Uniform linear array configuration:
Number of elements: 16
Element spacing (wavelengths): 0.75
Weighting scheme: kaiser
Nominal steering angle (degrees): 15
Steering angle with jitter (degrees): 14.226
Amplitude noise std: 0.05
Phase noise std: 0.05

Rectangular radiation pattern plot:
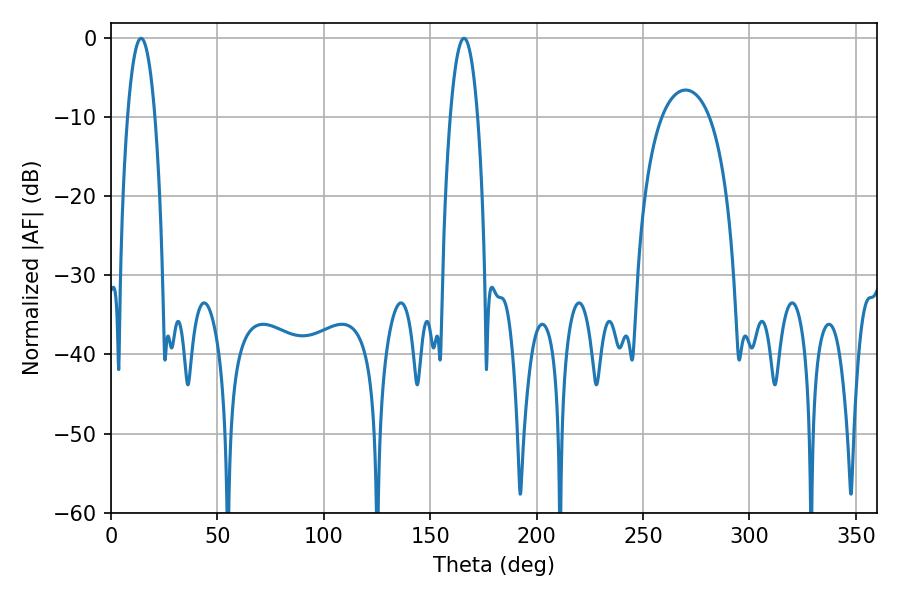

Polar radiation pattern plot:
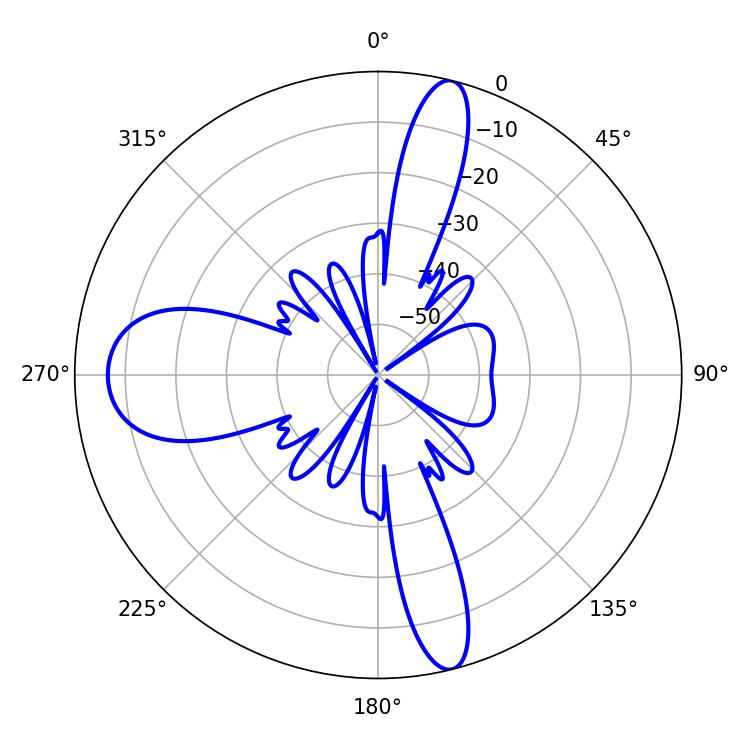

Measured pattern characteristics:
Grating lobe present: TRUE
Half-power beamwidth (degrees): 7.02
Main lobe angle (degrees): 14.04